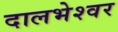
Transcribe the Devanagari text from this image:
दालभेश्वर